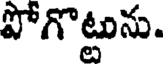
పోగొట్టును.